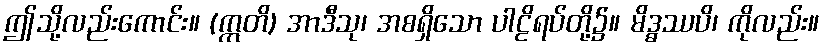
ဤသို့လည်းကောင်း။ (ဣတိ) အာဒီသု၊ အစရှိသော ပါဠိရပ်တို့၌။ မိဒ္ဓဿပိ၊ ကိုလည်း။